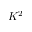
K ^ { 2 }